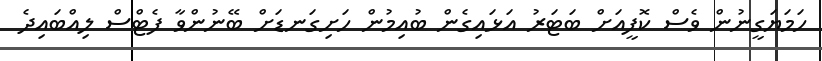
ހަމަޔަގީނުން ވެސް ކޮފީއަށް ބަޓަރު އަޅައިގެން ބުއިމުން ހަށިގަނޑަށް ބޭނުންވާ ފެޓްސް ލިއްބައިދެ